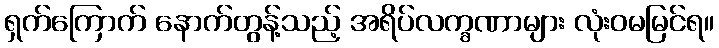
ရှက်ကြောက် နောက်တွန့်သည့် အရိပ်လက္ခဏာများ လုံးဝမမြင်ရ။